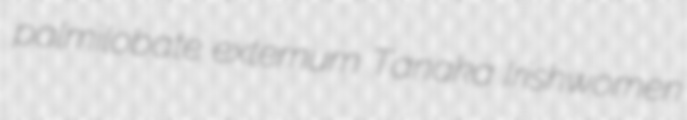
palmilobate externum Tanaka Irishwomen